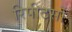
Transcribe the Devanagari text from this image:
रिपीटर्सों